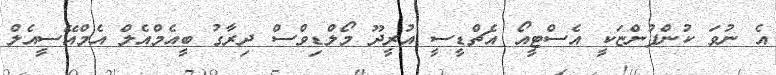
އެ ނުވަ ކުންފުންޏަކީ އެސްޓީއޯ އެޗްޑީސީ އުރީދޫ މޯލްޑިވްސް ދިރާގު ބީއެމްއެލް އެމްއޭސީއެލް